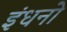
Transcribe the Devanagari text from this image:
इंधनो